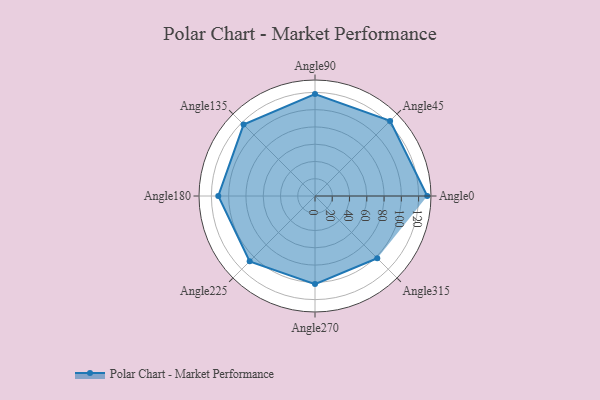
{"axis": {"x": "Angle", "y": "Radius"}, "legend": [""], "data": [{"x": "Angle0", "y": 130.0, "type": ""}, {"x": "Angle45", "y": 123.0, "type": ""}, {"x": "Angle90", "y": 118.0, "type": ""}, {"x": "Angle135", "y": 117.0, "type": ""}, {"x": "Angle180", "y": 112.0, "type": ""}, {"x": "Angle225", "y": 107.0, "type": ""}, {"x": "Angle270", "y": 102.0, "type": ""}, {"x": "Angle315", "y": 102.0, "type": ""}]}